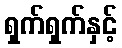
ရှက်ရှက်နှင့်